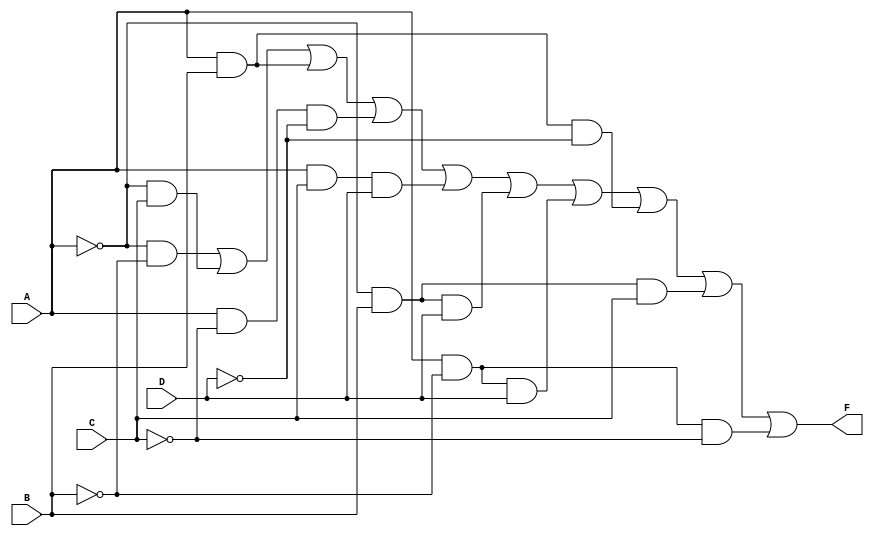
module kmap_4var (
    input wire A,  // Input A
    input wire B,  // Input B
    input wire C,  // Input C
    input wire D,  // Input D
    output wire F  // Output F
);

// Internal signals for the product terms
wire A_not, B_not, C_not, D_not;
wire term1, term2, term3, term4, term5, term6, term7, term8, term9, term10;

// Invert the inputs
not (A_not, A);
not (B_not, B);
not (C_not, C);
not (D_not, D);

// Define the product terms based on the K-map
assign term1 = A_not & B_not;          // Minterm 0: A'B'
assign term2 = A_not & C;              // Minterm 2: A'C
assign term3 = A & B;                  // Minterm 6: AB
assign term4 = A & C_not & D_not;      // Minterm 8: AC'D'
assign term5 = A & C & D;              // Minterm 14: ACD
assign term6 = A_not & B & D;          // Minterm 5: A'BD
assign term7 = A & B_not & D;          // Minterm 9: AB'D
assign term8 = A & B & D_not;          // Minterm 10: ABD'
assign term9 = A_not & B & C;          // Minterm 7: A'BC
assign term10 = A & B_not & C_not;     // Minterm 1: AB'C'

// Combine all product terms to get the final output
assign F = term1 | term2 | term3 | term4 | term5 | term6 | term7 | term8 | term9 | term10;

endmodule